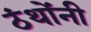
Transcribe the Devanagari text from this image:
ठंथोंनी